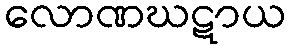
လောဏဃဋာယ